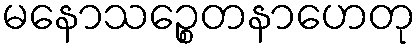
မနောသဉ္စေတနာဟေတု